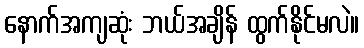
နောက်အကျဆုံး ဘယ်အချိန် ထွက်နိုင်မလဲ။